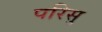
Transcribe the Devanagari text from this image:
परिसु